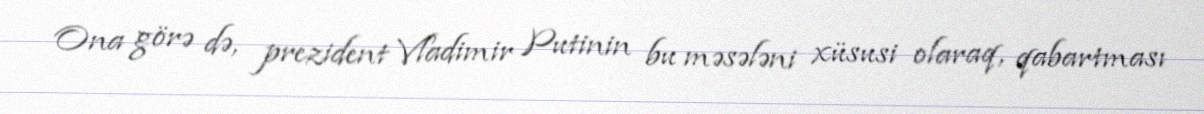
Ona görə də, prezident Vladimir Putinin bu məsələni xüsusi olaraq, qabartması